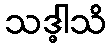
သဒ္ဓါသိ